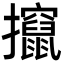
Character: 攛